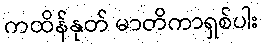
ကထိန်နုတ် မာတိကာရှစ်ပါး